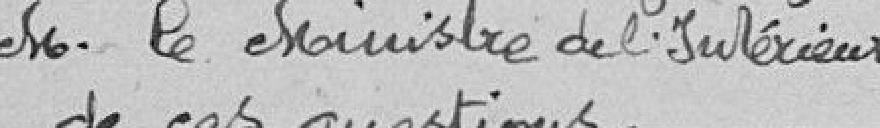
Monsieur le Ministre de l'intérieur